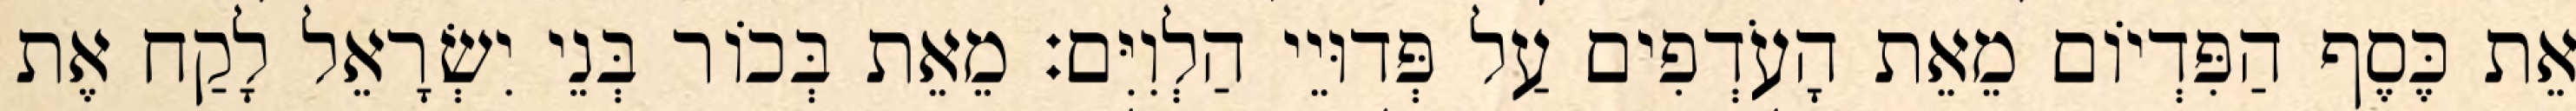
אֵת כֶּסֶף הַפִּדְיוֹם מֵאֵת הָעֹדְפִים עַל פְּדוּיֵי הַלְוִיִּם׃ מֵאֵת בְּכוֹר בְּנֵי יִשְׂרָאֵל לָקַח אֶת